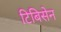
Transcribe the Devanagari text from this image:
टिबिसेन